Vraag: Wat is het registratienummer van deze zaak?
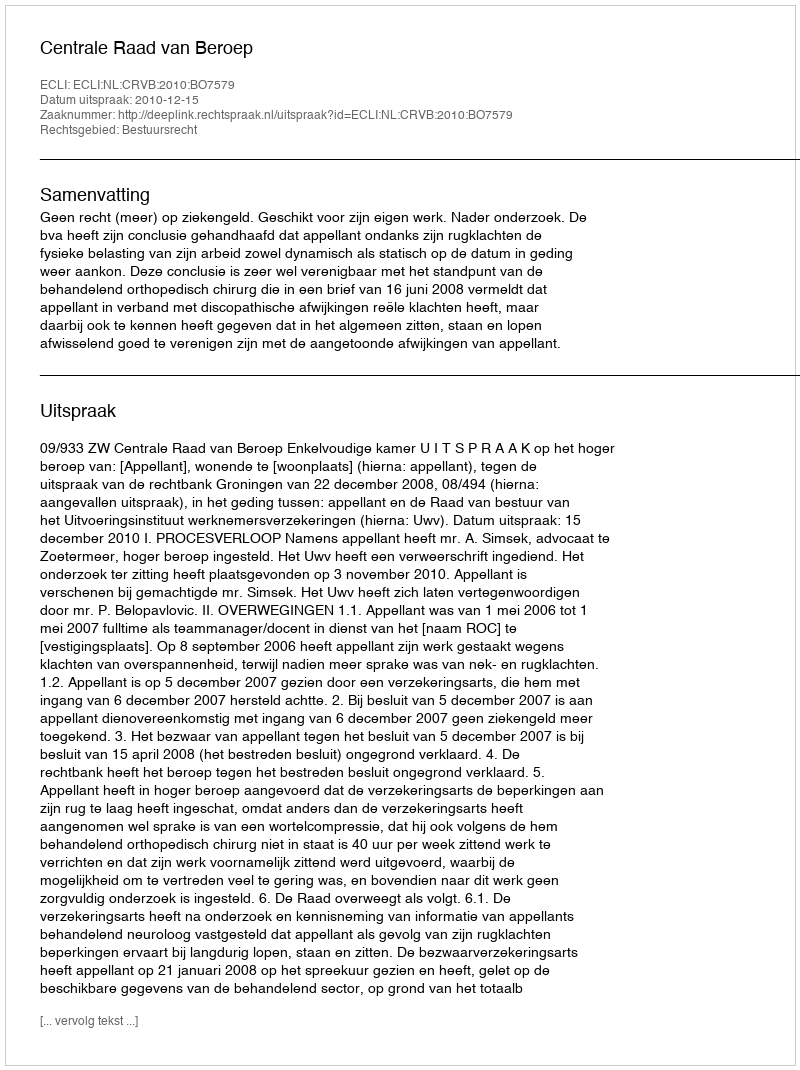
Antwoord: http://deeplink.rechtspraak.nl/uitspraak?id=ECLI:NL:CRVB:2010:BO7579